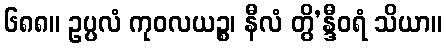
၆၈၈။ ဥပ္ပလံ ကုဝလယဉ္စ၊ နီလံ တွိ’န္ဒီဝရံ သိယာ။